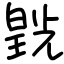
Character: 皝